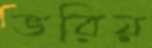
ভরিয়